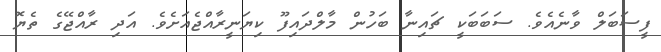
ފީސަބަލް ވާނެއެވެ. ސަބަބަކީ ޗައިނާ ބަހުން މާލްދައިފޫ ކިޔަނީރާއްޖެއަށެވެ. އަދި ރާއްޖޭގެ ތެޔޮ